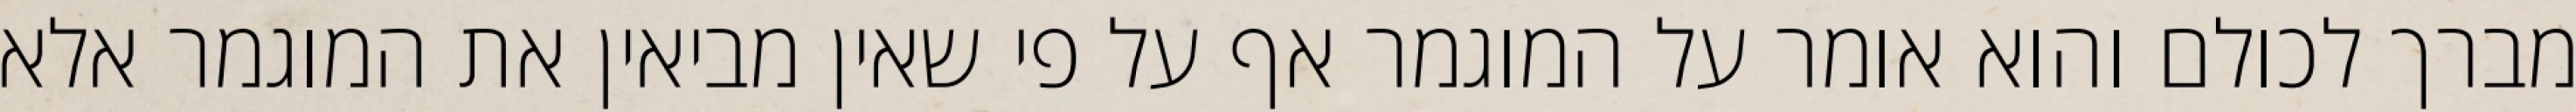
מברך לכולם והוא אומר על המוגמר אף על פי שאין מביאין את המוגמר אלא